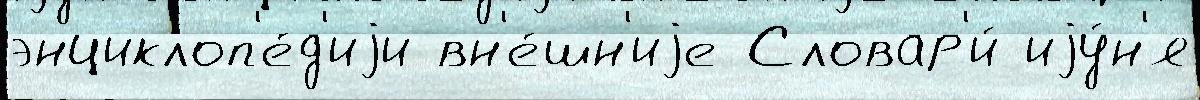
энциклоп'е́д'иjи вн'е́шн'иjе Словар'и́ иjу́н'я